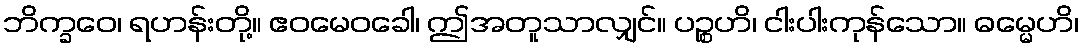
ဘိက္ခဝေ၊ ရဟန်းတို့။ ဧဝမေဝခေါ၊ ဤအတူသာလျှင်။ ပဉ္စဟိ၊ ငါးပါးကုန်သော။ ဓမ္မေဟိ၊